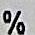
%